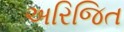
અરિજિત